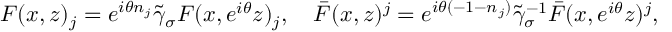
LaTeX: F ( x , z ) _ { j } = e ^ { i \theta n _ { j } } \widetilde { \gamma } _ { \sigma } F ( x , e ^ { i \theta } z ) _ { j } , \quad \bar { F } ( x , z ) ^ { j } = e ^ { i \theta ( - 1 - n _ { j } ) } \widetilde { \gamma } _ { \sigma } ^ { - 1 } \bar { F } ( x , e ^ { i \theta } z ) ^ { j } ,